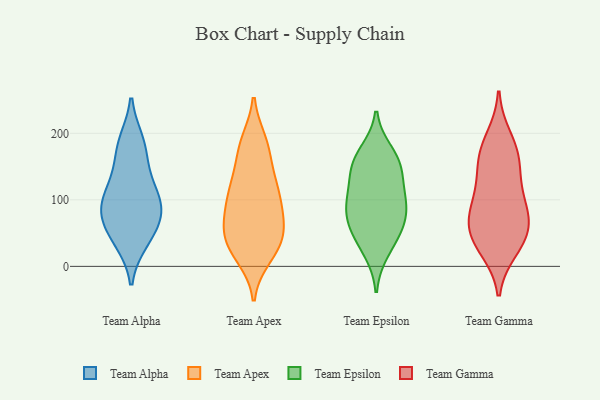
{"axis": {"x": "LTV (USD)", "y": "Value"}, "legend": ["Team Alpha", "Team Apex", "Team Epsilon", "Team Gamma"], "data": [{"x": "", "y": 87, "type": "Team Alpha"}, {"x": "", "y": 85, "type": "Team Alpha"}, {"x": "", "y": 125, "type": "Team Alpha"}, {"x": "", "y": 38, "type": "Team Alpha"}, {"x": "", "y": 156, "type": "Team Alpha"}, {"x": "", "y": 107, "type": "Team Alpha"}, {"x": "", "y": 65, "type": "Team Alpha"}, {"x": "", "y": 184, "type": "Team Alpha"}, {"x": "", "y": 40, "type": "Team Alpha"}, {"x": "", "y": 187, "type": "Team Alpha"}, {"x": "", "y": 71, "type": "Team Alpha"}, {"x": "", "y": 103, "type": "Team Alpha"}, {"x": "", "y": 157, "type": "Team Apex"}, {"x": "", "y": 27, "type": "Team Apex"}, {"x": "", "y": 185, "type": "Team Apex"}, {"x": "", "y": 32, "type": "Team Apex"}, {"x": "", "y": 41, "type": "Team Apex"}, {"x": "", "y": 15, "type": "Team Apex"}, {"x": "", "y": 121, "type": "Team Apex"}, {"x": "", "y": 66, "type": "Team Apex"}, {"x": "", "y": 113, "type": "Team Apex"}, {"x": "", "y": 84, "type": "Team Apex"}, {"x": "", "y": 66, "type": "Team Apex"}, {"x": "", "y": 187, "type": "Team Apex"}, {"x": "", "y": 61, "type": "Team Apex"}, {"x": "", "y": 112, "type": "Team Apex"}, {"x": "", "y": 23, "type": "Team Apex"}, {"x": "", "y": 178, "type": "Team Apex"}, {"x": "", "y": 123, "type": "Team Apex"}, {"x": "", "y": 100, "type": "Team Apex"}, {"x": "", "y": 53, "type": "Team Apex"}, {"x": "", "y": 92, "type": "Team Epsilon"}, {"x": "", "y": 97, "type": "Team Epsilon"}, {"x": "", "y": 147, "type": "Team Epsilon"}, {"x": "", "y": 90, "type": "Team Epsilon"}, {"x": "", "y": 65, "type": "Team Epsilon"}, {"x": "", "y": 156, "type": "Team Epsilon"}, {"x": "", "y": 150, "type": "Team Epsilon"}, {"x": "", "y": 171, "type": "Team Epsilon"}, {"x": "", "y": 23, "type": "Team Epsilon"}, {"x": "", "y": 46, "type": "Team Epsilon"}, {"x": "", "y": 58, "type": "Team Epsilon"}, {"x": "", "y": 114, "type": "Team Epsilon"}, {"x": "", "y": 99, "type": "Team Gamma"}, {"x": "", "y": 192, "type": "Team Gamma"}, {"x": "", "y": 33, "type": "Team Gamma"}, {"x": "", "y": 45, "type": "Team Gamma"}, {"x": "", "y": 61, "type": "Team Gamma"}, {"x": "", "y": 153, "type": "Team Gamma"}, {"x": "", "y": 71, "type": "Team Gamma"}, {"x": "", "y": 61, "type": "Team Gamma"}, {"x": "", "y": 165, "type": "Team Gamma"}, {"x": "", "y": 168, "type": "Team Gamma"}, {"x": "", "y": 27, "type": "Team Gamma"}, {"x": "", "y": 120, "type": "Team Gamma"}, {"x": "", "y": 93, "type": "Team Gamma"}]}